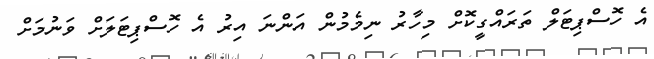
އެ ހޮސްޕިޓަލް ތަރައްގީކޮށް މިހާރު ނިމެމުން އަންނަ އިރު އެ ހޮސްޕިޓަލަށް ވަނުމަށް